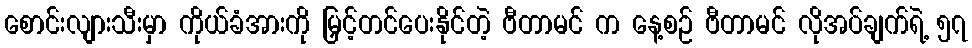
စောင်းလျားသီးမှာ ကိုယ်ခံအားကို မြှင့်တင်ပေးနိုင်တဲ့ ဗီတာမင် က နေ့စဉ် ဗီတာမင် လိုအပ်ချက်ရဲ့ ၅၇